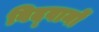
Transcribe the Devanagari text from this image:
विद्‍वानों